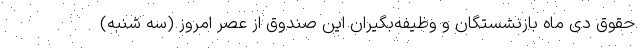
حقوق دی ماه بازنشستگان و وظیفه‌بگیران این صندوق از عصر امروز (سه شنبه)